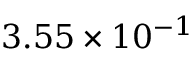
3 . 5 5 \times 1 0 ^ { - 1 }